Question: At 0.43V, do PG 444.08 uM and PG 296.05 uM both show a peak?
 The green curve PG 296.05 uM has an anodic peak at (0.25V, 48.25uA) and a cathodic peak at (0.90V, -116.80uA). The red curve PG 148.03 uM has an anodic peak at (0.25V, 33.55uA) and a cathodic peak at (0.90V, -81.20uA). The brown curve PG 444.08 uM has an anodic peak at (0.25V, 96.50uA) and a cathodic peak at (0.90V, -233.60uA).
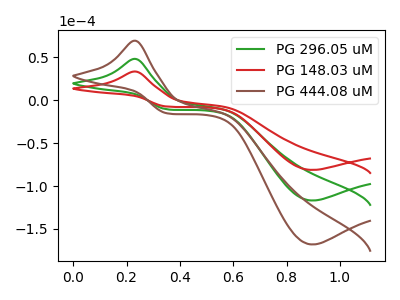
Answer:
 <answer>No, "PG 444.08 uM" and "PG 296.05 uM" dont share a peak at 0.43V.</answer>
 <eval>mismatch</eval>